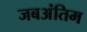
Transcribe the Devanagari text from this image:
जबअंतिम